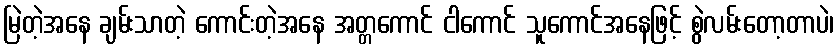
မြဲတဲ့အနေ ချမ်းသာတဲ့ ကောင်းတဲ့အနေ အတ္တကောင် ငါကောင် သူကောင်အနေဖြင့် စွဲလမ်းတော့တာပဲ၊